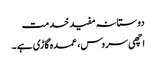
دوستانہ مفید خدمت
اچھی سروس، عمدہ گاڑی ہے ۔